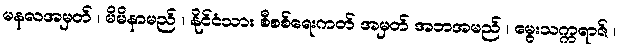
မနလအမှတ် ၊ မိမိနာမည် ၊ နိုင်ငံသား စီစစ်ရေးကတ် အမှတ် အဘအမည် ၊ မွေးသက္ကရာဇ် ၊